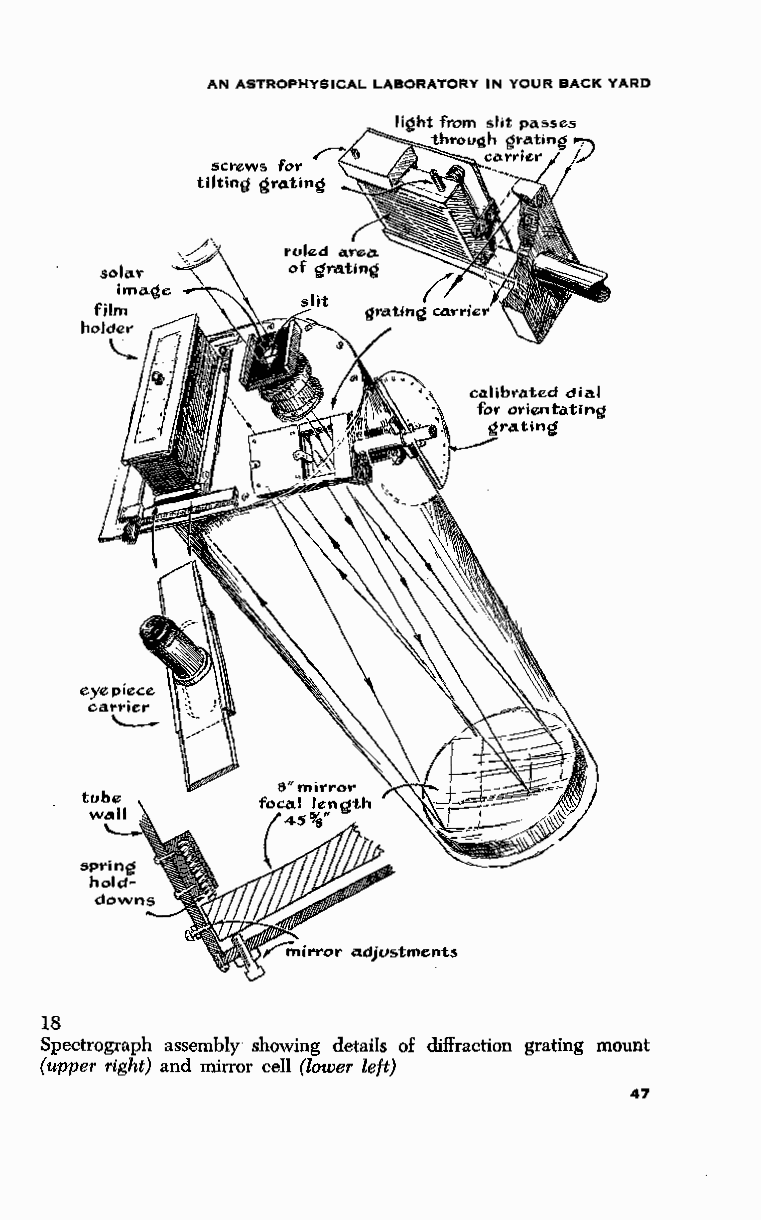
AN ASTROPHYSICAL LABORATORY IN YOUR BACK YARD
 screws foy
 tilting gra.ting
 sola,
 ima.gc:
 film
 holder
 '-...
 18
 Spectrograph assembly showing details of diffraction grating mount
 (upper right) and mirror cell (lower left)
 47